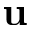
\mathbf { u }